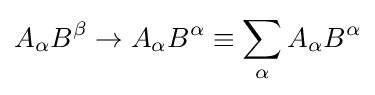
A_{\alpha }B^{\beta }\rightarrow A_{\alpha }B^{\alpha }\equiv \sum _{\alpha }A_{\alpha }B^{\alpha }